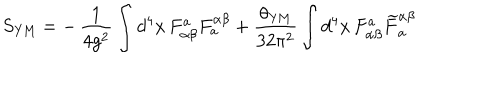
LaTeX: S _ { \mathrm { Y M } } = - \, \frac { 1 } { 4 g ^ { 2 } } \int d ^ { 4 } x \, F _ { \alpha \beta } ^ { a } F _ { a } ^ { \alpha \beta } + \frac { \theta _ { \mathrm { Y M } } } { 3 2 \pi ^ { 2 } } \int d ^ { 4 } x \, F _ { \alpha \beta } ^ { a } { \widetilde { F } } _ { a } ^ { \alpha \beta }